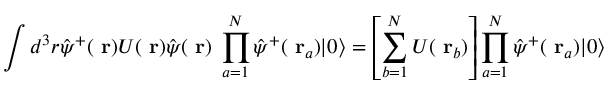
\int d ^ { 3 } r \hat { \psi } ^ { + } ( \mathrm { \bf ~ r } ) U ( \mathrm { \bf ~ r } ) \hat { \psi } ( \mathrm { \bf ~ r } ) \; \prod _ { a = 1 } ^ { N } \hat { \psi } ^ { + } ( \mathrm { \bf ~ r } _ { a } ) | 0 \rangle = \left[ \sum _ { b = 1 } ^ { N } U ( \mathrm { \bf ~ r } _ { b } ) \right] \prod _ { a = 1 } ^ { N } \hat { \psi } ^ { + } ( \mathrm { \bf ~ r } _ { a } ) | 0 \rangle